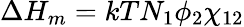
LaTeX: \Delta H_{m}=kTN_{1}\phi_{2}\chi_{12}